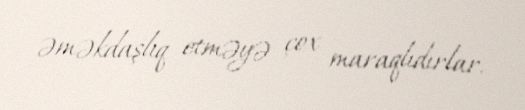
əməkdaşlıq etməyə çox maraqlıdırlar.